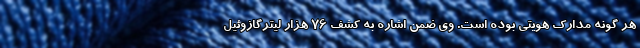
هر گونه مدارک هویتی بوده است. وی ضمن اشاره به کشف 76 هزار لیترگازوئیل